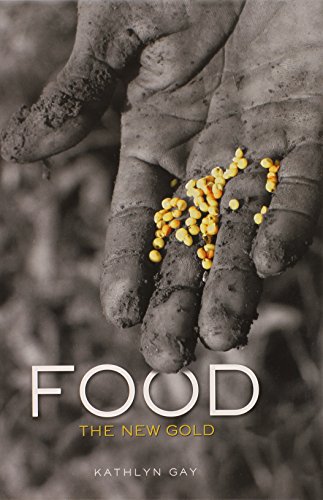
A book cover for Food: The New Gold (Single Titles); Kathlyn Gay; Teen & Young Adult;